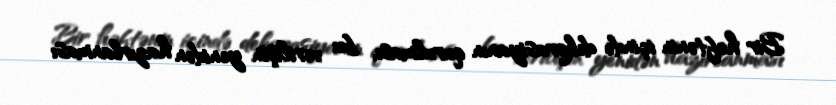
Bir həftənin içində dekorasiyanın qurulması, bu verilişin yenidən hazırlanması